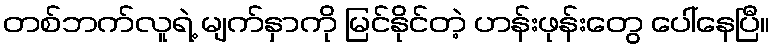
တစ်ဘက်လူရဲ့ မျက်နှာကို မြင်နိုင်တဲ့ ဟန်းဖုန်းတွေ ပေါ်နေပြီ။